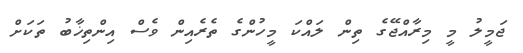
ޖަމީލު މީ މިރާއްޖޭގެ ތިން ލައްކަ މީހުންގެ ތެރެއިން ވެސް އިންތިޚާބު ތަކަށް